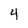
Character: 4